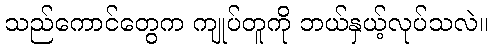
သည်ကောင်တွေက ကျုပ်တူကို ဘယ်နှယ့်လုပ်သလဲ။